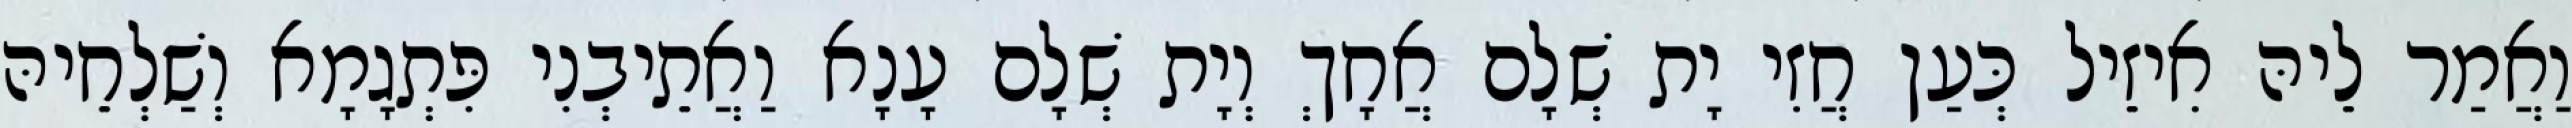
וַאֲמַר לֵיהּ אִיזֵיל כְּעַן חֲזִי יָת שְׁלָם אֲחָךְ וְיָת שְׁלָם עָנָא וַאֲתֵיבְנִי פִּתְגָמָא וְשַׁלְחֵיהּ